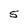
Character: 5